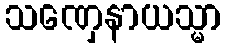
သဏှေနာယသ္မာ